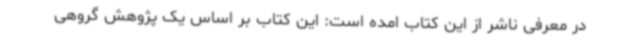
در معرفی ناشر از این کتاب امده است: این کتاب بر اساس یک پژوهش گروهی